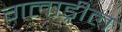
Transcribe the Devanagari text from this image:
गलाड्रील